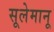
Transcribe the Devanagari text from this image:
सूलेमानू